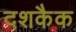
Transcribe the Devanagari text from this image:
दशकैक